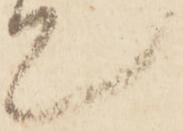
て